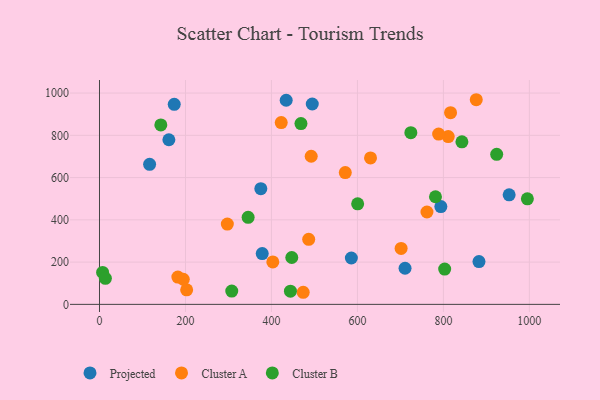
{"axis": {"x": "Ad Spend", "y": "Yield"}, "legend": ["Cluster A", "Cluster B", "Projected"], "data": [{"x": "953.0", "y": 518.6, "type": "Projected"}, {"x": "585.9", "y": 219.4, "type": "Projected"}, {"x": "173.9", "y": 946.8, "type": "Projected"}, {"x": "434.3", "y": 966.0, "type": "Projected"}, {"x": "378.6", "y": 240.3, "type": "Projected"}, {"x": "375.3", "y": 547.3, "type": "Projected"}, {"x": "116.6", "y": 662.8, "type": "Projected"}, {"x": "710.8", "y": 170.8, "type": "Projected"}, {"x": "161.4", "y": 779.0, "type": "Projected"}, {"x": "495.0", "y": 948.3, "type": "Projected"}, {"x": "882.8", "y": 202.7, "type": "Projected"}, {"x": "794.1", "y": 462.6, "type": "Projected"}, {"x": "492.5", "y": 701.0, "type": "Cluster A"}, {"x": "486.7", "y": 308.0, "type": "Cluster A"}, {"x": "403.2", "y": 200.9, "type": "Cluster A"}, {"x": "202.8", "y": 68.8, "type": "Cluster A"}, {"x": "630.5", "y": 693.1, "type": "Cluster A"}, {"x": "816.7", "y": 907.2, "type": "Cluster A"}, {"x": "473.9", "y": 57.2, "type": "Cluster A"}, {"x": "422.8", "y": 860.5, "type": "Cluster A"}, {"x": "571.8", "y": 623.5, "type": "Cluster A"}, {"x": "761.8", "y": 437.1, "type": "Cluster A"}, {"x": "182.3", "y": 129.0, "type": "Cluster A"}, {"x": "811.3", "y": 793.9, "type": "Cluster A"}, {"x": "701.7", "y": 264.5, "type": "Cluster A"}, {"x": "194.9", "y": 118.8, "type": "Cluster A"}, {"x": "789.0", "y": 806.0, "type": "Cluster A"}, {"x": "876.5", "y": 968.5, "type": "Cluster A"}, {"x": "297.4", "y": 380.1, "type": "Cluster A"}, {"x": "600.6", "y": 475.7, "type": "Cluster B"}, {"x": "345.8", "y": 411.8, "type": "Cluster B"}, {"x": "724.3", "y": 812.6, "type": "Cluster B"}, {"x": "781.6", "y": 509.4, "type": "Cluster B"}, {"x": "468.7", "y": 855.6, "type": "Cluster B"}, {"x": "924.0", "y": 710.0, "type": "Cluster B"}, {"x": "803.0", "y": 167.1, "type": "Cluster B"}, {"x": "7.3", "y": 151.3, "type": "Cluster B"}, {"x": "995.4", "y": 499.5, "type": "Cluster B"}, {"x": "843.1", "y": 769.3, "type": "Cluster B"}, {"x": "444.2", "y": 62.6, "type": "Cluster B"}, {"x": "307.7", "y": 62.9, "type": "Cluster B"}, {"x": "142.7", "y": 849.2, "type": "Cluster B"}, {"x": "13.7", "y": 123.0, "type": "Cluster B"}, {"x": "447.3", "y": 221.8, "type": "Cluster B"}]}